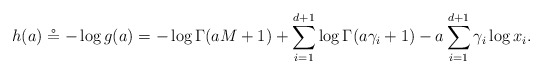
\begin{align*} h(a) \circeq -\log g(a) = -\log \Gamma(aM + 1) + \sum_{i=1}^{d+1} \log \Gamma(a \gamma_i + 1) - a \sum_{i=1}^{d+1} \gamma_i \log x_i. \end{align*}